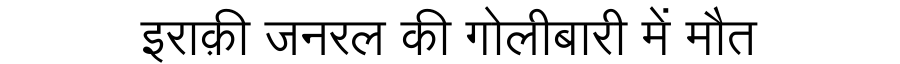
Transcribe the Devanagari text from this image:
इराक़ी जनरल की गोलीबारी में मौत